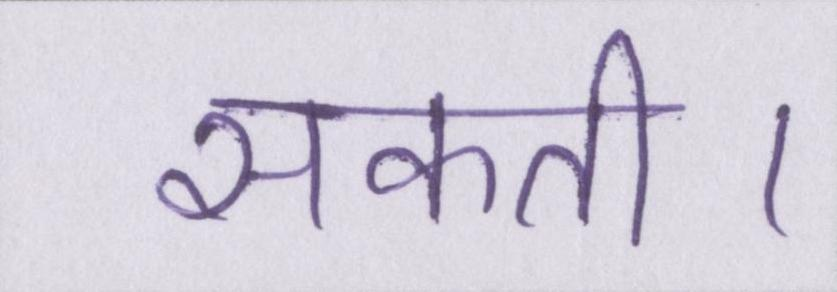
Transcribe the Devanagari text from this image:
सकती।